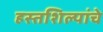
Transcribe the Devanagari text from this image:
हस्तशिल्पांचे